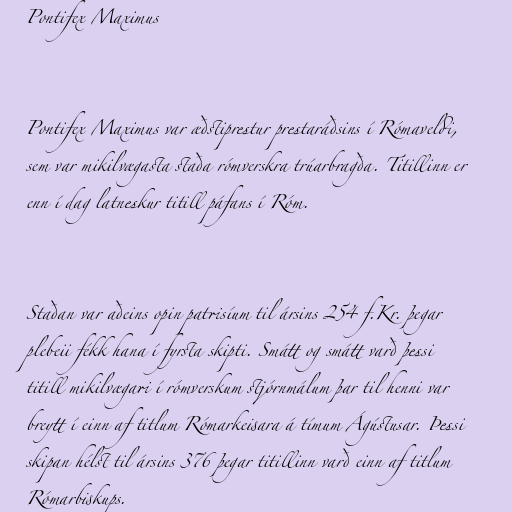
Pontifex Maximus

Pontifex Maximus var æðstiprestur prestaráðsins í Rómaveldi,
sem var mikilvægasta staða rómverskra trúarbragða. Titillinn er
enn í dag latneskur titill páfans í Róm.

Staðan var aðeins opin patrisíum til ársins 254 f.Kr. þegar
plebeii fékk hana í fyrsta skipti. Smátt og smátt varð þessi
titill mikilvægari í rómverskum stjórnmálum þar til henni var
breytt í einn af titlum Rómarkeisara á tímum Ágústusar. Þessi
skipan hélst til ársins 376 þegar titillinn varð einn af titlum
Rómarbiskups.